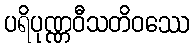
ပရိပုဏ္ဏဝီသတိဝဿေ